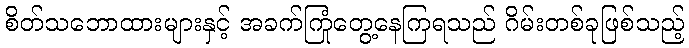
စိတ်သဘောထားများနှင့် အခက်ကြုံတွေ့နေကြရသည် ဂိမ်းတစ်ခုဖြစ်သည့်